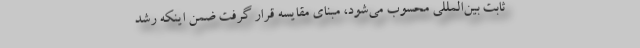
ثابت بین‌المللی محسوب می‌شود، مبنای مقایسه قرار گرفت ضمن اینکه رشد